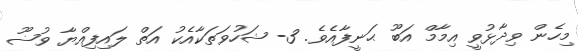
މިހެން ވިދާޅުވީ އިމާމް އަބޫ ޙަނީފާއެވެ. 3- ޝަހުވަތަކާއެކު އަތް ލައިފިއްޔާ ވުޟޫ